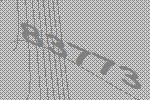
83773